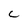
Character: c